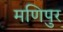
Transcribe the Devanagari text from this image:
मणिपुर